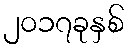
၂၀၁၇ခုနှစ်